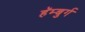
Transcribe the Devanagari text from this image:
हॅम्बुर्ग